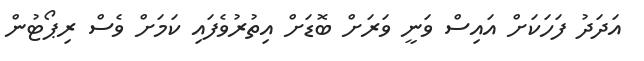
އަދަދު ފަހަކަށް އައިސް ވަނީ ވަރަށް ބޮޑަށް އިތުރުވެފައި ކަމަށް ވެސް ރިޕޯޓުން